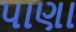
પાણા